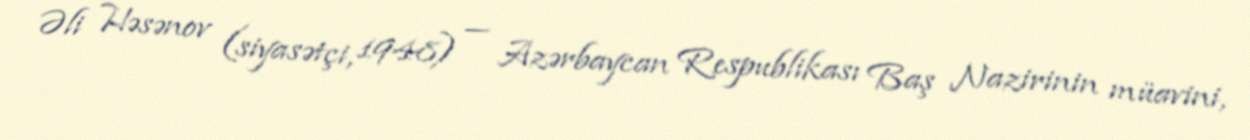
Əli Həsənov (siyasətçi, 1948) — Azərbaycan Respublikası Baş Nazirinin müavini,